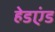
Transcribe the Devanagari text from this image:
हेडएंड